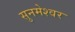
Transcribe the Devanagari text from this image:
सुनमेश्वर